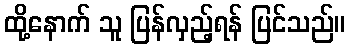
ထို့နောက် သူ ပြန်လှည့်ရန် ပြင်သည်။